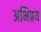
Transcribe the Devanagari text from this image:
अभिप्रय